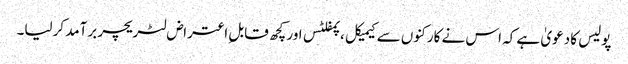
پولیس کا دعویٰ ہے کہ اس نے کارکنوں سے کیمیکل ،پمفلٹس اور کچھ قابل ِاعتراض لٹریچر برآمد کرلیا۔